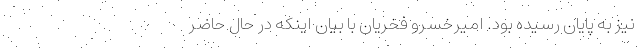
نیز به پایان رسیده بود. امیرخسرو فخریان با بیان اینکه در حال حاضر